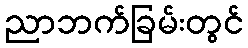
ညာဘက်ခြမ်းတွင်